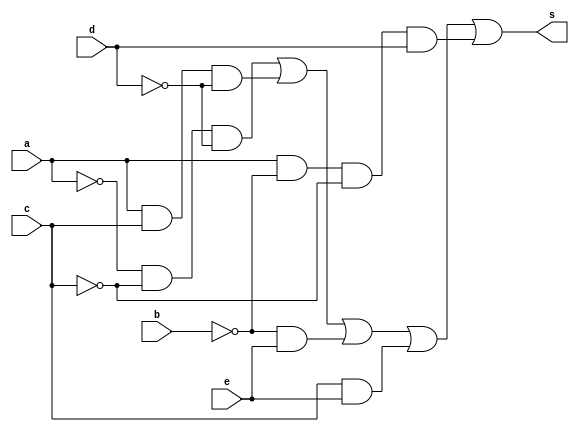
//----------------------------------------------------------------------------------------------------------------------------------------------------------------------

// Nome: Jessica Luisa Betonico Andrade - // Matrcula: 412748

// GUIA 08 -  // Professor: Theldo

//----------------------------------------------------------------------------------------------------------------------------------------------------------------------




module simplQM ( s,a,b,c,d,e );

	output s;
	input a,b,c,d,e;
	wire s1,s2,s3,s4,s5,s6,s7,s8,s9,s10,s11;

	not NOT1 (s1,a);
	not NOT2 (s2,c);
	not NOT3 (s3,d);
	and AND1 (s4,s1,s2,s3);
	and AND2 (s5,a,c,s3);
	not NOT5 (s6,b);
	and AND3 (s7,s6,e);
	and AND4 (s8,c,e);
	not NOT6 (s9,b);
	not NOT7 (s10,c);
	and AND5 (s11,a,s9,s10,d);
	or OR1 (s,s4,s5,s7,s8,s11);

endmodule

module testQM;
	reg a,b,c,d,e;
	wire s;

	simplQM  QM ( s,a,b,c,d,e );

initial begin:start
        a=0; b=0; c=0; d=0; e=0;
end

initial begin: main
	#1 $display (" Exercicio 03 - Guia8 ");
	#1 $display (" a   b   c   d   e =   s ");
  	$monitor (" %b   %b   %b   %b   %b =   %b ",a,b,c,d,e,s);
           #1 a=0;  b=0;    c=0;   d=0;   e=1;
			  #1 a=0;  b=0;    c=0;   d=1;   e=0;
			  #1 a=0;  b=0;    c=0;   d=1;   e=1;
			  #1 a=0;  b=0;    c=1;   d=0;   e=0;
			  #1 a=0;  b=0;    c=1;   d=0;   e=1;
			  #1 a=0;  b=0;    c=1;   d=1;   e=0;
			  #1 a=0;  b=0;    c=1;   d=1;   e=1;
			  #1 a=0;  b=1;    c=0;   d=0;   e=0;
			  #1 a=0;  b=1;    c=0;   d=0;   e=1;
			  #1 a=0;  b=1;    c=0;   d=1;   e=0;
			  #1 a=0;  b=1;    c=0;   d=1;   e=1;
			  #1 a=0;  b=1;    c=1;   d=0;   e=0;
			  #1 a=0;  b=1;    c=1;   d=0;   e=1;
			  #1 a=0;  b=1;    c=1;   d=1;   e=0;
			  #1 a=0;  b=1;    c=1;   d=1;   e=1;
			  #1 a=1;  b=0;    c=0;   d=0;   e=0;
			  #1 a=1;  b=0;    c=0;   d=0;   e=1;
			  #1 a=1;  b=0;    c=0;   d=1;   e=0;
			  #1 a=1;  b=0;    c=0;   d=1;   e=1;
			  #1 a=1;  b=0;    c=1;   d=0;   e=0;
			  #1 a=1;  b=0;    c=1;   d=0;   e=1;
			  #1 a=1;  b=0;    c=1;   d=1;   e=0;
			  #1 a=1;  b=0;    c=1;   d=1;   e=1;
			  #1 a=1;  b=1;    c=0;   d=0;   e=0;
			  #1 a=1;  b=1;    c=0;   d=0;   e=1;
			  #1 a=1;  b=1;    c=0;   d=1;   e=0;
			  #1 a=1;  b=1;    c=0;   d=1;   e=1;
			  #1 a=1;  b=1;    c=1;   d=0;   e=0;
			  #1 a=1;  b=1;    c=1;   d=0;   e=1;
			  #1 a=1;  b=1;    c=1;   d=1;   e=0;
			  #1 a=1;  b=1;    c=1;   d=1;   e=1;
			  
			  
end
endmodule